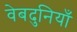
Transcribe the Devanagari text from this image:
वेबदुनियाँ